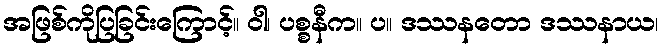
အဖြစ်ကိုပြခြင်းကြောင့်။ ဝါ၊ ပစ္စနီက။ ပ။ ဒဿနတော ဒဿနာယ၊